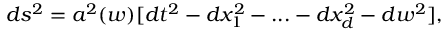
d s ^ { 2 } = a ^ { 2 } ( w ) [ d t ^ { 2 } - d x _ { 1 } ^ { 2 } - . . . - d x _ { d } ^ { 2 } - d w ^ { 2 } ] ,